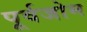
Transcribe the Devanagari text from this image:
पूर्वजोम